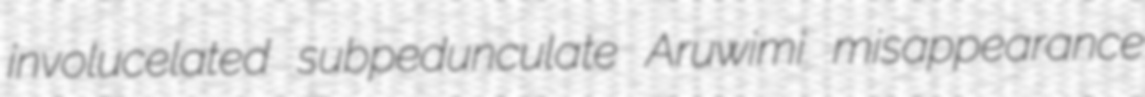
involucelated subpedunculate Aruwimi misappearance